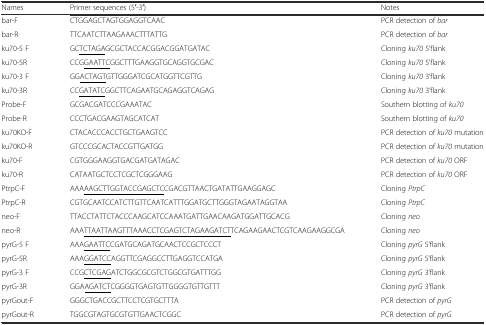
<table><thead><tr><td><b>Names</b></td><td><b>Primer sequences (5′-3′)</b></td><td><b>Notes</b></td></tr></thead><tbody><tr><td>bar-F</td><td>CTGGAGCTAGTGGAGGTCAAC</td><td>PCR detection of <i>bar</i></td></tr><tr><td>bar-R</td><td>TTCAATCTTAAGAAACTTTATTG</td><td>PCR detection of <i>bar</i></td></tr><tr><td>ku70-5 F</td><td>GC<underline>TCTAGA</underline>GCGCTACCACGGACGGATGATAC</td><td>Cloning <i>ku70</i> 5’flank</td></tr><tr><td>ku70-5R</td><td>CCG<underline>GAATTC</underline>GGCTTTGAAGGTGCAGGTGCGAC</td><td>Cloning <i>ku70</i> 5’flank</td></tr><tr><td>ku70-3 F</td><td>GG<underline>ACTAGT</underline>GTTGGGATCGCATGGTTCGTTG</td><td>Cloning <i>ku70</i> 3’flank</td></tr><tr><td>ku70-3R</td><td>CC<underline>GATATC</underline>GGCTTCAGAATGCAGAGGTCAGAG</td><td>Cloning <i>ku70</i> 3’flank</td></tr><tr><td>Probe-F</td><td>GCGACGATCCCGAAATAC</td><td>Southern blotting of <i>ku70</i></td></tr><tr><td>Probe-R</td><td>CCCTGACGAAGTAGCATCAT</td><td>Southern blotting of <i>ku70</i></td></tr><tr><td>ku70KO-F</td><td>CTACACCCACCTGCTGAAGTCC</td><td>PCR detection of <i>ku70</i> mutation</td></tr><tr><td>ku70KO-R</td><td>GTCCCGCACTACCGTTGATGG</td><td>PCR detection of <i>ku70</i> mutation</td></tr><tr><td>ku70-F</td><td>CGTGGGAAGGTGACGATGATAGAC</td><td>PCR detection of <i>ku70</i> ORF</td></tr><tr><td>ku70-R</td><td>CATAATGCTCCTCGCTCGGGAAG</td><td>PCR detection of <i>ku70</i> ORF</td></tr><tr><td>PtrpC-F</td><td>AAA<underline>AAGCTTGGTACCGAGCTC</underline>CGACGTTAACTGATATTGAAGGAGC</td><td>Cloning <i>PtrpC</i></td></tr><tr><td>PtrpC-R</td><td>CGTGCAATCCATCTTGTTCAATCATTTGGATGCTTGGGTAGAATAGGTAA</td><td>Cloning <i>PtrpC</i></td></tr><tr><td>neo-F</td><td>TTACCTATTCTACCCAAGCATCCAAATGATTGAACAAGATGGATTGCACG</td><td>Cloning <i>neo</i></td></tr><tr><td>neo-R</td><td>AAA<underline>TTAATTAAGTTTAAACCTCGAGTCTAGAAGATCT</underline>TCAGAAGAACTCGTCAAGAAGGCGA</td><td>Cloning <i>neo</i></td></tr><tr><td>pyrG-5 F</td><td>AAA<underline>GAATTC</underline>CGATGCAGATGCAACTCCGCTCCCT</td><td>Cloning <i>pyrG</i> 5’flank</td></tr><tr><td>pyrG-5R</td><td>AAA<underline>GGATCC</underline>AGGTTCGAGGCCTTGAGGTCCATGA</td><td>Cloning <i>pyrG</i> 5’flank</td></tr><tr><td>pyrG-3 F</td><td>CCG<underline>CTCGAG</underline>ATCTGGCGCGTCTGGCGTGATTTGG</td><td>Cloning <i>pyrG</i> 3’flank</td></tr><tr><td>pyrG-3R</td><td>GGA<underline>AGATCT</underline>CGGGGTGAGTGTTGGGGTGTTGTTT</td><td>Cloning <i>pyrG</i> 3’flank</td></tr><tr><td>pyrGout-F</td><td>GGGCTGACCGCTTCCTCGTGCTTTA</td><td>PCR detection of <i>pyrG</i></td></tr><tr><td>pyrGout-R</td><td>TGGCGTAGTGCGTGTTGAACTCGGC</td><td>PCR detection of <i>pyrG</i></td></tr></tbody></table>